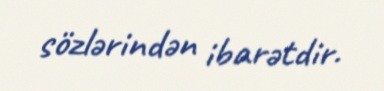
sözlərindən ibarətdir.